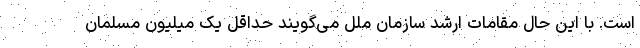
است. با این حال مقامات ارشد سازمان ملل می‌گویند حداقل یک میلیون مسلمان